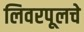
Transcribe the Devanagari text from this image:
लिवरपूलचे